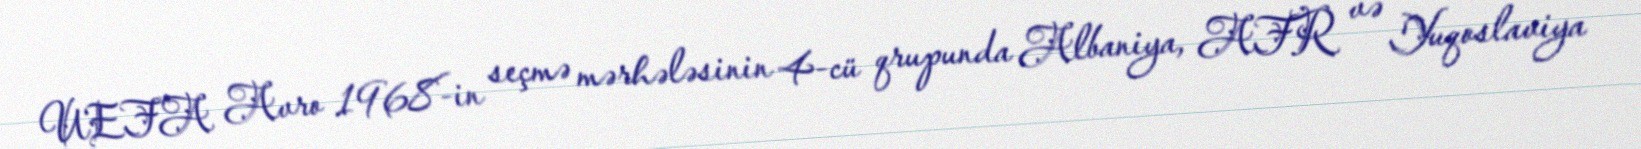
UEFA Avro 1968-in seçmə mərhələsinin 4-cü qrupunda Albaniya, AFR və Yuqoslaviya